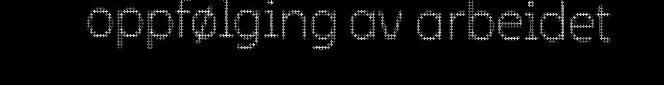
oppfølging av arbeidet